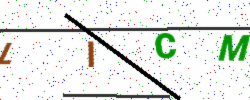
Text: LICM